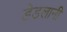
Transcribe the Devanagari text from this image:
डेडलानी